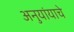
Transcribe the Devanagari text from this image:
अनुयांयाचे